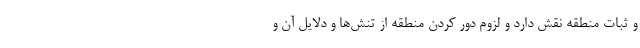
و ثبات منطقه نقش دارد و لزوم دور کردن منطقه از تنش‌ها و دلایل آن و